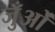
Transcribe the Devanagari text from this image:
जुँओं